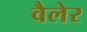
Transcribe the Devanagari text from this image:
वैलेर